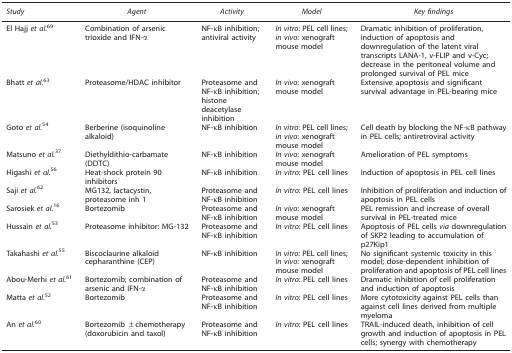
<table><thead><tr><td><b><i>Study</i></b></td><td><b><i>Agent</i></b></td><td><b><i>Activity</i></b></td><td><b><i>Model</i></b></td><td><b><i>Key findings</i></b></td></tr></thead><tbody><tr><td>El Hajj <i>et al.</i><sup>69</sup></td><td>Combination of arsenic trioxide and IFN-α</td><td>NF-κB inhibition; antiviral activity</td><td><i>In vitro:</i> PEL cell lines; <i>in vivo</i>: xenograft mouse model</td><td>Dramatic inhibition of proliferation, induction of apoptosis and downregulation of the latent viral transcripts LANA-1, v-FLIP and v-Cyc; decrease in the peritoneal volume and prolonged survival of PEL mice</td></tr><tr><td>Bhatt <i>et al.</i><sup>63</sup></td><td>Proteasome/HDAC inhibitor</td><td>Proteasome and NF-κB inhibition; histone deacetylase inhibition</td><td><i>In vivo</i>: xenograft mouse model</td><td>Extensive apoptosis and significant survival advantage in PEL-bearing mice</td></tr><tr><td>Goto <i>et al.</i><sup>54</sup></td><td>Berberine (isoquinoline alkaloid)</td><td>NF-κB inhibition</td><td><i>In vitro</i>: PEL cell lines; <i>in vivo</i>: xenograft mouse model</td><td>Cell death by blocking the NF-κB pathway in PEL cells; antiretroviral activity</td></tr><tr><td>Matsuno <i>et al.</i><sup>37</sup></td><td>Diethyldithio-carbamate (DDTC)</td><td>NF-κB inhibition</td><td><i>In vivo</i>: xenograft mouse model</td><td>Amelioration of PEL symptoms</td></tr><tr><td>Higashi <i>et al.</i><sup>56</sup></td><td>Heat-shock protein 90 inhibitors</td><td>NF-κB inhibition</td><td><i>In vitro</i>: PEL cell lines</td><td>Induction of apoptosis in PEL cell lines</td></tr><tr><td>Saji <i>et al.</i><sup>62</sup></td><td>MG132, lactacystin, proteasome inh 1</td><td>Proteasome and NF-κB inhibition</td><td><i>In vitro</i>: PEL cell lines</td><td>Inhibition of proliferation and induction of apoptosis in PEL cells</td></tr><tr><td>Sarosiek <i>et al.</i><sup>16</sup></td><td>Bortezomib</td><td>Proteasome and NF-κB inhibition</td><td><i>In vivo</i>: xenograft mouse model</td><td>PEL remission and increase of overall survival in PEL-treated mice</td></tr><tr><td>Hussain <i>et al.</i><sup>53</sup></td><td>Proteasome inhibitor: MG-132</td><td>Proteasome and NF-κB inhibition</td><td><i>In vitro</i>: PEL cell lines</td><td>Apoptosis of PEL cells <i>via</i> downregulation of SKP2 leading to accumulation of p27Kip1</td></tr><tr><td>Takahashi <i>et al.</i><sup>55</sup></td><td>Biscoclaurine alkaloid cepharanthine (CEP)</td><td>NF-κB inhibition</td><td><i>In vitro:</i> PEL cell lines; <i>In vivo</i>: xenograft mouse model</td><td>No significant systemic toxicity in this model; dose-dependent inhibition of proliferation and apoptosis of PEL cell lines</td></tr><tr><td>Abou-Merhi <i>et al.</i><sup>61</sup></td><td>Bortezomib; combination of arsenic and IFN-α</td><td>Proteasome and NF-κB inhibition</td><td><i>In vitro</i>: PEL cell lines</td><td>Dramatic inhibition of cell proliferation and induction of apoptosis</td></tr><tr><td>Matta <i>et al.</i><sup>52</sup></td><td>Bortezomib</td><td>Proteasome and NF-κB inhibition</td><td><i>In vitro</i>: PEL cell lines</td><td>More cytotoxicity against PEL cells than against cell lines derived from multiple myeloma</td></tr><tr><td>An <i>et al.</i><sup>60</sup></td><td>Bortezomib ±chemotherapy (doxorubicin and taxol)</td><td>Proteasome and NF-κB inhibition</td><td><i>In vitro</i>: PEL cell lines</td><td>TRAIL-induced death, inhibition of cell growth and induction of apoptosis in PEL cells; synergy with chemotherapy</td></tr></tbody></table>